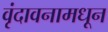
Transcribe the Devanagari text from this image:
वृंदावनामधून